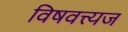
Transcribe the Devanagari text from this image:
विषवत्त्यज